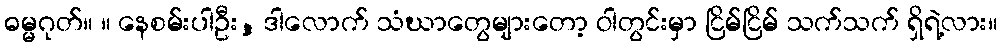
ဓမ္မဂုတ်။ ။ နေစမ်းပါဦး, ဒါလောက် သံဃာတွေများတော့ ဝါတွင်းမှာ ငြိမ်ငြိမ် သက်သက် ရှိရဲ့လား။